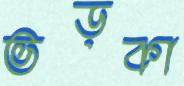
ভড়কা